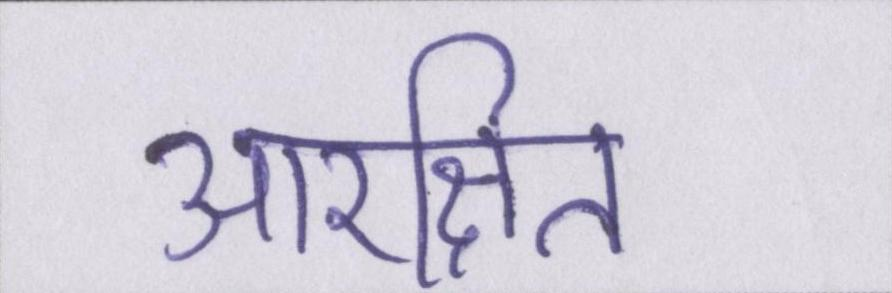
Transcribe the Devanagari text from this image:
आरक्षित